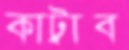
কাট্রাব